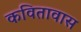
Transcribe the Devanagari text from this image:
कवितावास